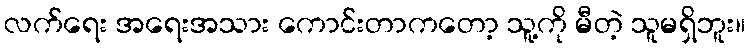
လက်ရေး အရေးအသား ကောင်းတာကတော့ သူ့ကို မီတဲ့ သူမရှိဘူး။